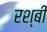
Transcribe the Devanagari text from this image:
रश्बी